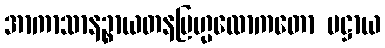
အာကာသာနဉ္စာယတနဗြဟ္မလောကတော ပဋ္ဌာယ